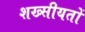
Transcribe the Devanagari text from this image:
शख्सीयतों